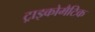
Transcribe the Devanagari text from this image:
ट्राइकोमैटिक